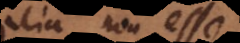
talia non esse